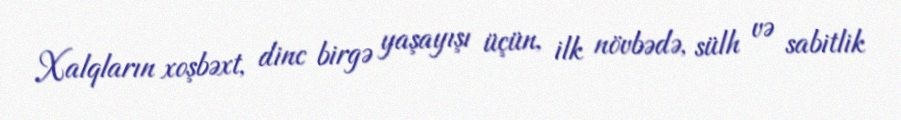
Xalqların xoşbəxt, dinc birgə yaşayışı üçün, ilk növbədə, sülh və sabitlik